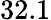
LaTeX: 32.1